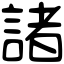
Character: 諸